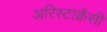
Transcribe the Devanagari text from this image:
अरिस्टाक्रैसी